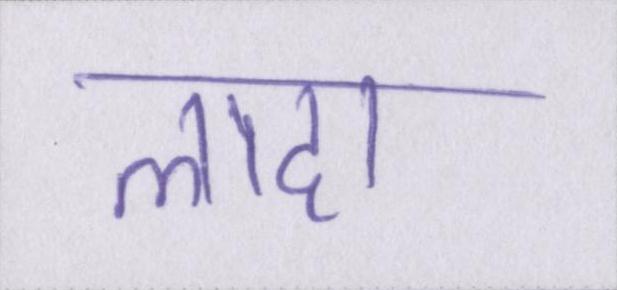
लादा